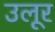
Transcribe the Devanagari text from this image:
उलूर